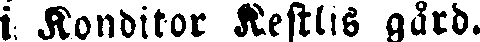
i Konditor Kestlis gård.